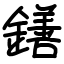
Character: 鐥